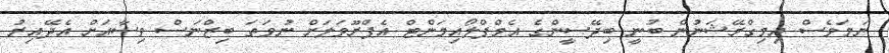
ނަމަވެސް އިމިގްރޭޝަނުން ބުނީ ބިދޭސީންގެ އެމްޕްލޯއިމަންޓް އެޕްރޫވަލަށް ނުވަތަ ބިޒްނަސް ވިސާއަށް އެދޭއިރު